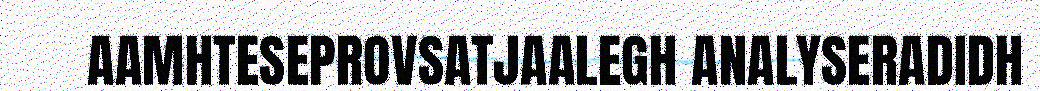
AAMHTESEPROVSATJAALEGH ANALYSERADIDH